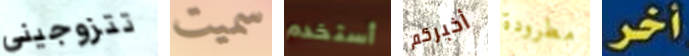
تتزوجيني سميت أستخدم أخبركم مطرودة أخر